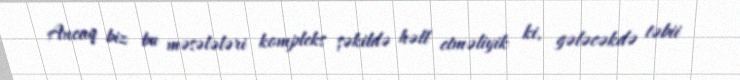
Ancaq biz bu məsələləri kompleks şəkildə həll etməliyik ki, gələcəkdə təbii